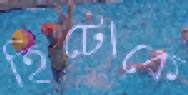
হিটোকে